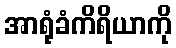
အာရုံခံကိရိယာကို